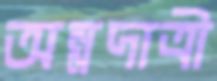
অন্নদাত্রী